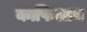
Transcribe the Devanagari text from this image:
काफिलाच